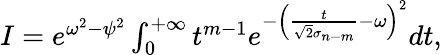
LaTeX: \begin{array}{r}{I=e^{\omega^{2}-\psi^{2}}\int_{0}^{+\infty}t^{m-1}e^{-\left(\frac{t}{\sqrt{2}\sigma_{n-m}}-\omega\right)^{2}}dt,}\end{array}